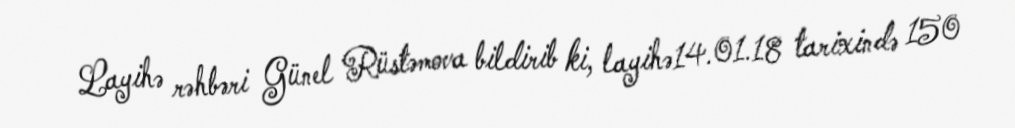
Layihə rəhbəri Günel Rüstəmova bildirib ki, layihə14.01.18 tarixində 150